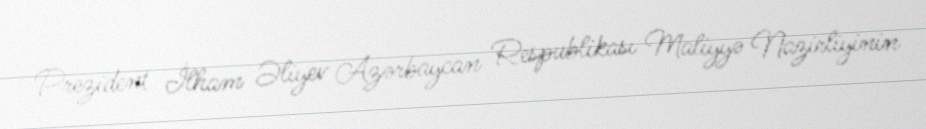
Prezident İlham Əliyev Azərbaycan Respublikası Maliyyə Nazirliyinin